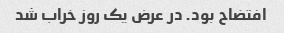
افتضاح بود. در عرض یک روز خراب شد